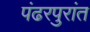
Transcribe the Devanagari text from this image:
पंढरपुरांत